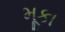
મૂકા